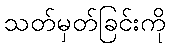
သတ်မှတ်ခြင်းကို